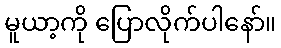
မူယာ့ကို ပြောလိုက်ပါနော်။